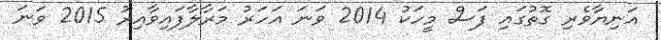
އަނިޔާވެރި ގޮތުގައި ފަސް މީހަކު 2014 ވަނަ އަހަރު މަރާލާފައިވާއިރު 2015 ވަނަ